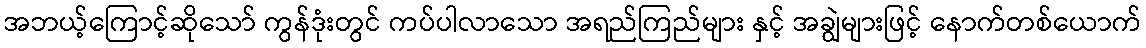
အဘယ့်ကြောင့်ဆိုသော် ကွန်ဒုံးတွင် ကပ်ပါလာသော အရည်ကြည်များ နှင့် အချွဲများဖြင့် နောက်တစ်ယောက်